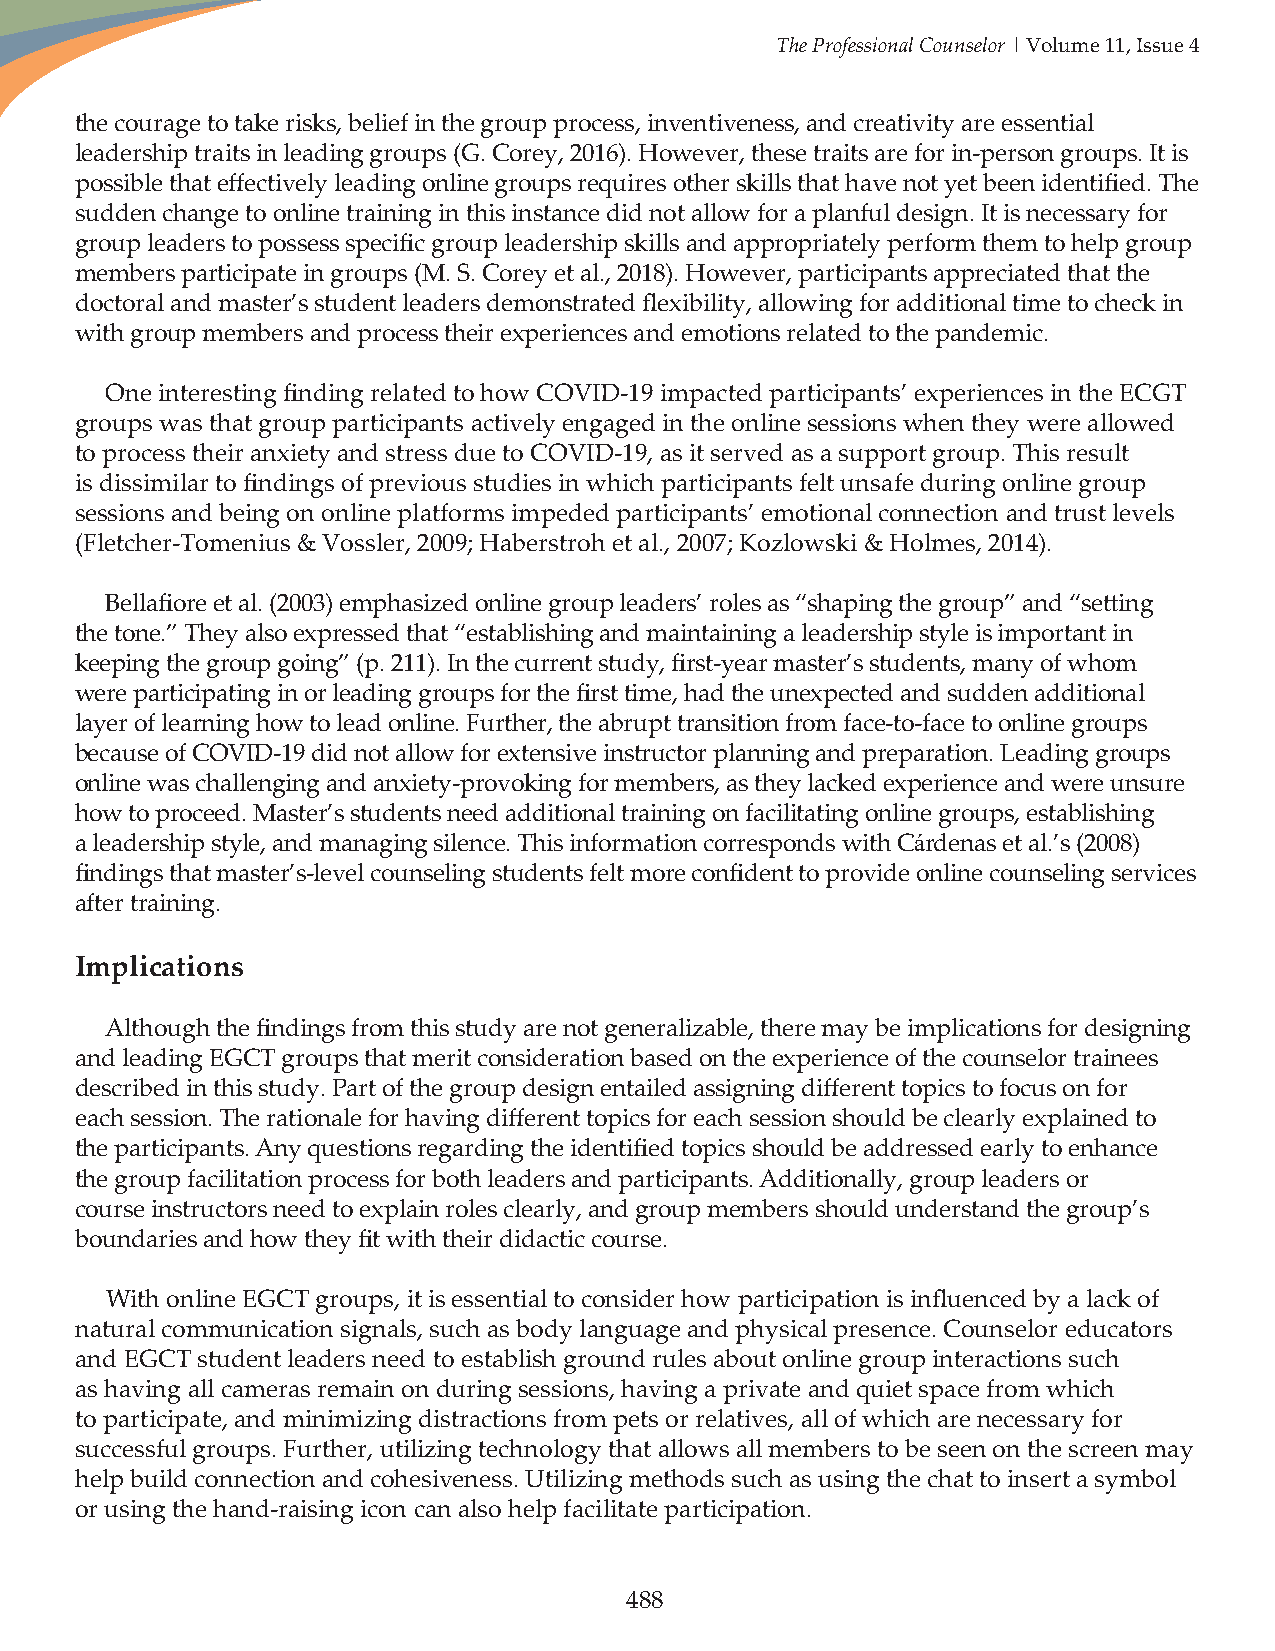
The Professional Counselor | Volume 11, Issue 4
 the courage to take risks, belief in the group process, inventiveness, and creativity are essential
 leadership traits in leading groups (G. Corey, 2016). However, these traits are for in-person groups. It is
 possible that effectively leading online groups requires other skills that have not yet been identified. The
 sudden change to online training in this instance did not allow for a planful design. It is necessary for
 group leaders to possess specific group leadership skills and appropriately perform them to help group
 members participate in groups (M. S. Corey et al., 2018). However, participants appreciated that the
 doctoral and master’s student leaders demonstrated flexibility, allowing for additional time to check in
 with group members and process their experiences and emotions related to the pandemic.
 One interesting finding related to how COVID-19 impacted participants’ experiences in the ECGT
 groups was that group participants actively engaged in the online sessions when they were allowed
 to process their anxiety and stress due to COVID-19, as it served as a support group. This result
 is dissimilar to findings of previous studies in which participants felt unsafe during online group
 sessions and being on online platforms impeded participants’ emotional connection and trust levels
 (Fletcher-Tomenius & Vossler, 2009; Haberstroh et al., 2007; Kozlowski & Holmes, 2014).
 Bellafiore et al. (2003) emphasized online group leaders’ roles as “shaping the group” and “setting
 the tone.” They also expressed that “establishing and maintaining a leadership style is important in
 keeping the group going” (p. 211). In the current study, first-year master’s students, many of whom
 were participating in or leading groups for the first time, had the unexpected and sudden additional
 layer of learning how to lead online. Further, the abrupt transition from face-to-face to online groups
 because of COVID-19 did not allow for extensive instructor planning and preparation. Leading groups
 online was challenging and anxiety-provoking for members, as they lacked experience and were unsure
 how to proceed. Master’s students need additional training on facilitating online groups, establishing
 a leadership style, and managing silence. This information corresponds with Cárdenas et al.’s (2008)
 findings that master’s-level counseling students felt more confident to provide online counseling services
 after training.
 Implications
 Although the findings from this study are not generalizable, there may be implications for designing
 and leading EGCT groups that merit consideration based on the experience of the counselor trainees
 described in this study. Part of the group design entailed assigning different topics to focus on for
 each session. The rationale for having different topics for each session should be clearly explained to
 the participants. Any questions regarding the identified topics should be addressed early to enhance
 the group facilitation process for both leaders and participants. Additionally, group leaders or
 course instructors need to explain roles clearly, and group members should understand the group’s
 boundaries and how they fit with their didactic course.
 With online EGCT groups, it is essential to consider how participation is influenced by a lack of
 natural communication signals, such as body language and physical presence. Counselor educators
 and EGCT student leaders need to establish ground rules about online group interactions such
 as having all cameras remain on during sessions, having a private and quiet space from which
 to participate, and minimizing distractions from pets or relatives, all of which are necessary for
 successful groups. Further, utilizing technology that allows all members to be seen on the screen may
 help build connection and cohesiveness. Utilizing methods such as using the chat to insert a symbol
 or using the hand-raising icon can also help facilitate participation.
 488